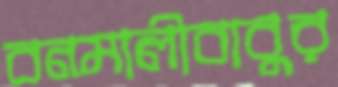
বনমালীবাবুর